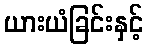
ယားယံခြင်းနှင့်